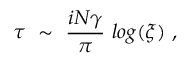
\tau ~ \sim ~ { \frac { i N \gamma } { \pi } } ~ l o g ( \xi ) \ ,